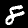
Label: 8